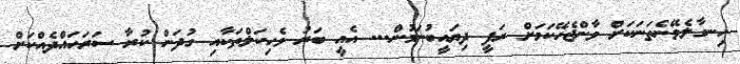
ހިނގާލެވޭނެތަނަކަށް ވާންޖެހޭކަމަށް ރަފީ ދިޔައީބުނަމުން... އެއީ ބަރު ވެހިކަލްތަކާއި ގުދަން ކުރާ ސަރަހައްދެއްކަށް